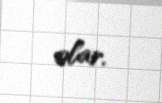
olar.